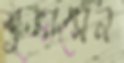
শুভ্রাসেন